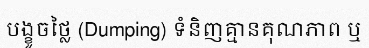
បង្ខូចថ្លៃ (Dumping) ទំនិញគ្មានគុណភាព ឬ